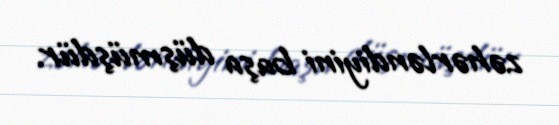
zəhərləndiyini başa düşmüşdür.